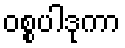
ဝစ္စပါဒုကာ